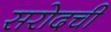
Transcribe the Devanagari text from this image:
सरोदची